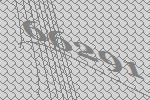
66291